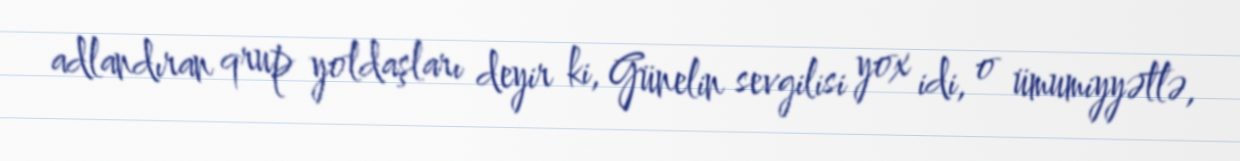
adlandıran qrup yoldaşları deyir ki, Günelin sevgilisi yox idi, o ümumiyyətlə,